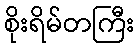
စိုးရိမ်တကြီး